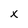
Character: x